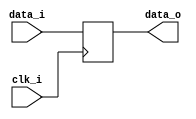
module bsg_dff_width_p320
(
  clk_i,
  data_i,
  data_o
);

  input [319:0] data_i;
  output [319:0] data_o;
  input clk_i;
  reg [319:0] data_o;

  always @(posedge clk_i) begin
    if(1'b1) begin
      { data_o[319:0] } <= { data_i[319:0] };
    end
  end


endmodule